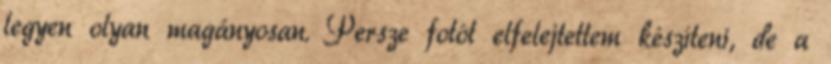
legyen olyan magányosan. Persze fotót elfelejtettem készíteni, de a